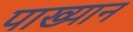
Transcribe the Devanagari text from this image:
पाख्यान